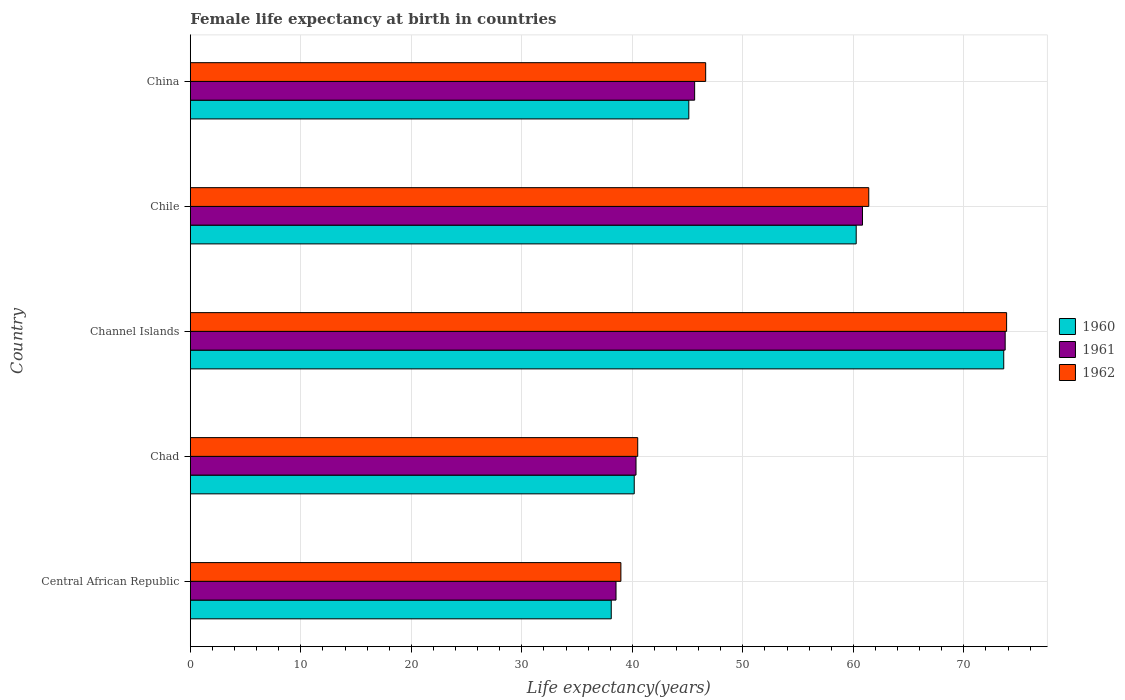
| Country | 1960 | 1961 | 1962 |
 | --- | --- | --- | --- |
 | Central African Republic | 38.1 | 38.5 | 39 |
 | Chad | 40.2 | 40.3 | 40.5 |
 | Channel Islands | 73.6 | 73.7 | 73.9 |
 | Chile | 60.3 | 60.8 | 61.4 |
 | China | 45.1 | 45.6 | 46.6 |